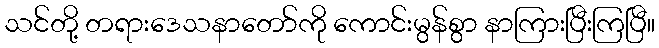
သင်တို့ တရားဒေသနာတော်ကို ကောင်းမွန်စွာ နာကြားပြီးကြပြီ။